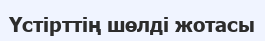
Үстірттің шөлді жотасы